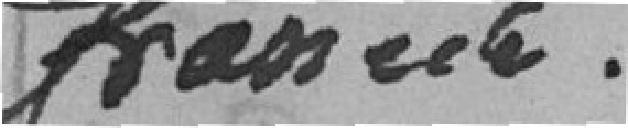
Francs.